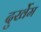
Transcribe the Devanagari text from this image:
दुर्खेम